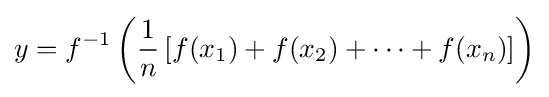
y=f^{-1}\left({\frac {1}{n}}\left[f(x_{1})+f(x_{2})+\cdots +f(x_{n})\right]\right)